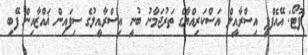
ފޮޓޯ: އޭއެފްޕީ އިސްރާއީލް އަސްކަރިއްޔާގެ ތަރުޖަމާނު ބުނީ އިސްރާއީލުގެ ސިފައިން ޣައްޒާއިން ފޭބި